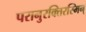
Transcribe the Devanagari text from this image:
परानुरक्तिरस्मिन्‌